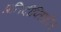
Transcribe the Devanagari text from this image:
प्रतिदीप्तिशील